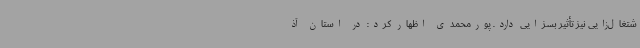
شتغال‌زایی نیز تأثیر بسزایی دارد. پورمحمدی اظهار کرد: در استان آذ